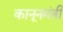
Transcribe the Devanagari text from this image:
कानूनमंत्री